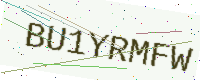
Text: BU1YRMFW